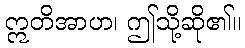
ဣတိအာဟ၊ ဤသို့ဆို၏။